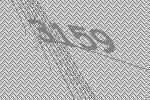
3159